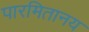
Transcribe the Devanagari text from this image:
पारमितानय